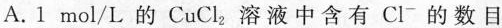
A.1mol/L的CuCl_{2}溶液中含有Cl⁻的数目